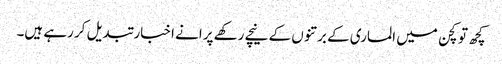
کچھ تو کچن میں الماری کے برتنوں کے نیچے رکھے پرانے اخبار تبدیل کر رہے ہیں۔